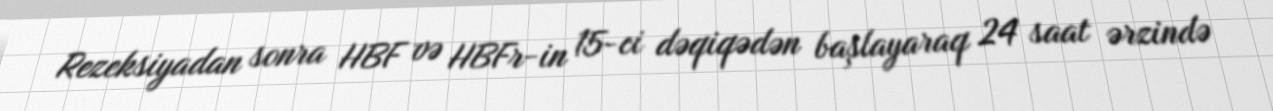
Rezeksiyadan sonra HBF və HBFr-in 15-ci dəqiqədən başlayaraq 24 saat ərzində